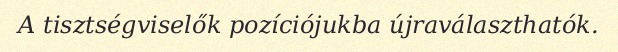
A tisztségviselők pozíciójukba újraválaszthatók.